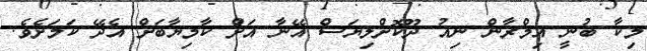
މިކާ ބުނީ އިމްރާން ނިއު ދޫކޮށްލިޔަސް އޭނާ އަށް ކާމިޔާބަށް އެދޭ ކަމަށެވެ.